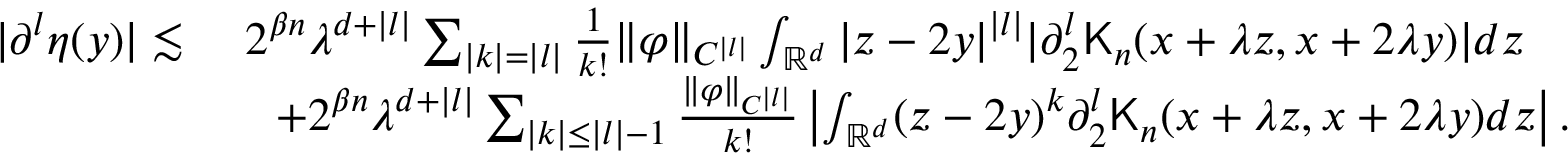
\begin{array} { r l } { | \partial ^ { l } \eta ( y ) | \lesssim } & { \ 2 ^ { \beta n } \lambda ^ { d + | l | } \sum _ { | k | = | l | } \frac { 1 } { k ! } \| \varphi \| _ { C ^ { | l | } } \int _ { \mathbb { R } ^ { d } } | z - 2 y | ^ { | l | } | \partial _ { 2 } ^ { l } \mathsf { K } _ { n } ( x + \lambda z , x + 2 \lambda y ) | d z } \\ & { \quad + 2 ^ { \beta n } \lambda ^ { d + | l | } \sum _ { | k | \leq | l | - 1 } \frac { \| \varphi \| _ { C ^ { | l | } } } { k ! } \left| \int _ { \mathbb { R } ^ { d } } ( z - 2 y ) ^ { k } \partial _ { 2 } ^ { l } \mathsf { K } _ { n } ( x + \lambda z , x + 2 \lambda y ) d z \right| . } \end{array}